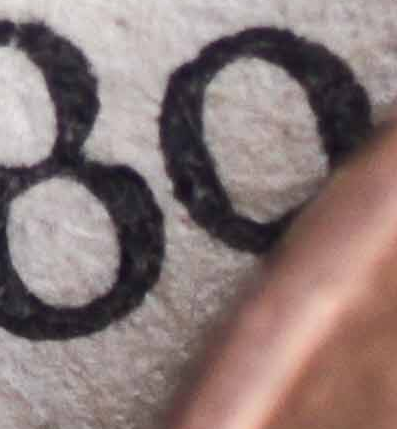
80